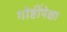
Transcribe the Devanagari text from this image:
गोष्टींपेक्षा